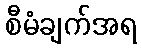
စီမံချက်အရ